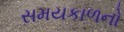
સમયકાળનો